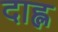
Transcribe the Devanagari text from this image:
दाह्ल